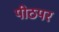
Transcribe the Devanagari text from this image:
पीठपर